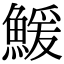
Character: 鰀